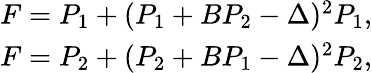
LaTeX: \begin{array}{r}{F=P_{1}+(P_{1}+BP_{2}-\Delta)^{2}P_{1},}\\ {F=P_{2}+(P_{2}+BP_{1}-\Delta)^{2}P_{2},}\end{array}